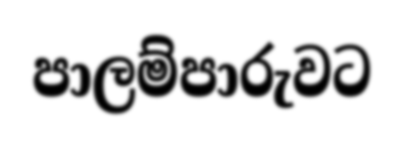
පාලම්පාරුවට